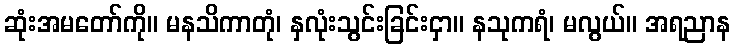
ဆုံးအမတော်ကို။ မနသိကာတုံ၊ နှလုံးသွင်းခြင်းငှာ။ နသုကရံ၊ မလွယ်။ အရညာန